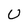
Character: U